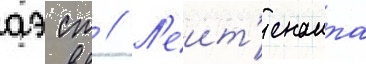
аэ ст // Л'еит'енанта